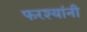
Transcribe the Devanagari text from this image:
फरश्यांनी